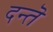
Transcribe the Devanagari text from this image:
दन्तॆ